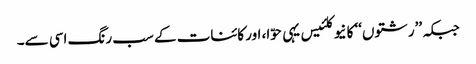
جبکہ ’’رشتوں‘‘ کا نیوکلئیس یہی حوّا، اور کائنات کے سب رنگ اسی سے۔